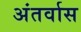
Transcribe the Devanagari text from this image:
अंतर्वास